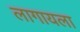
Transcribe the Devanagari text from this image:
लागायला